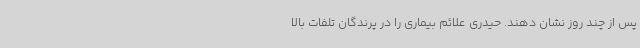
پس از چند روز نشان دهند. حیدری علائم بیماری را در پرندگان تلفات بالا